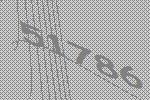
51786